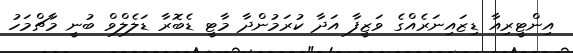
އިންޓީރިއާ ޑިޒައިނަރެއްގެ ވަޒީފާ އަދާ ކުރަމުންދާ މާޓީ ޑެބޮރާ ޑަލެލްވް ބުނީ މާޗްމަހު